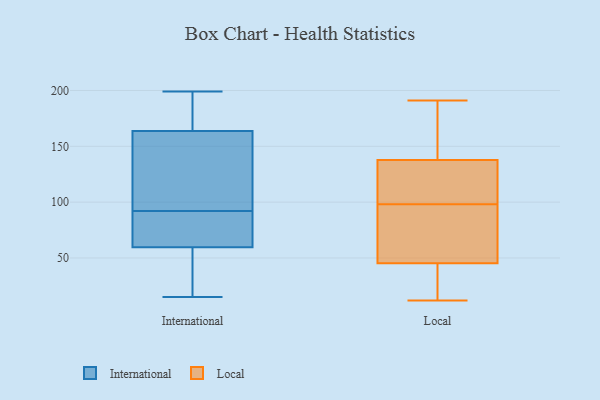
{"axis": {"x": "Customer Acquisition Cost (USD)", "y": "Value"}, "legend": ["International", "Local"], "data": [{"x": "", "y": 15, "type": "International"}, {"x": "", "y": 175, "type": "International"}, {"x": "", "y": 73, "type": "International"}, {"x": "", "y": 199, "type": "International"}, {"x": "", "y": 92, "type": "International"}, {"x": "", "y": 69, "type": "International"}, {"x": "", "y": 16, "type": "International"}, {"x": "", "y": 130, "type": "International"}, {"x": "", "y": 163, "type": "International"}, {"x": "", "y": 46, "type": "International"}, {"x": "", "y": 171, "type": "International"}, {"x": "", "y": 38, "type": "International"}, {"x": "", "y": 108, "type": "International"}, {"x": "", "y": 64, "type": "International"}, {"x": "", "y": 76, "type": "International"}, {"x": "", "y": 166, "type": "International"}, {"x": "", "y": 161, "type": "International"}, {"x": "", "y": 31, "type": "Local"}, {"x": "", "y": 75, "type": "Local"}, {"x": "", "y": 30, "type": "Local"}, {"x": "", "y": 105, "type": "Local"}, {"x": "", "y": 55, "type": "Local"}, {"x": "", "y": 113, "type": "Local"}, {"x": "", "y": 191, "type": "Local"}, {"x": "", "y": 12, "type": "Local"}, {"x": "", "y": 98, "type": "Local"}, {"x": "", "y": 50, "type": "Local"}, {"x": "", "y": 135, "type": "Local"}, {"x": "", "y": 146, "type": "Local"}, {"x": "", "y": 176, "type": "Local"}]}